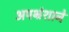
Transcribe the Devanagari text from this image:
अपभ्रंशाने